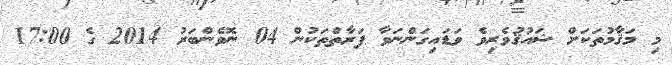
މި މަޤާމުތަކަށް ޝައުޤުވެރިވެ ވަޑައިގަންނަވާ ފަރާތްތަކުން 04 ނޮވެންބަރު 2014 ގެ 17:00